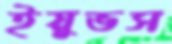
ইয়ুভস